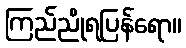
ကြည်ညိုရပြန်ရော။